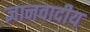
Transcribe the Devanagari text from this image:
ज्ञानवादीय